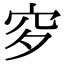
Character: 穸